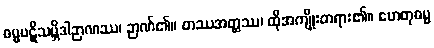
ဓမ္မပဋိသမ္ဘိဒါဉာဏဿ၊ ဉာဏ်၏။ တဿအတ္ထဿ၊ ထိုအကျိုးတရား၏။ ဟေတုဓမ္မ